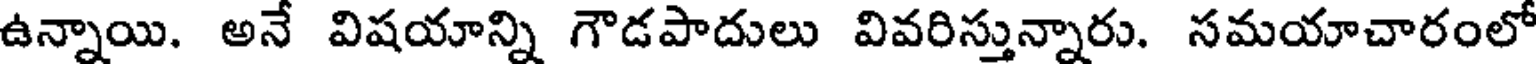
ఉన్నాయి. అనే విషయాన్ని గౌడపాదులు వివరిస్తున్నారు. సమయాచారంలో